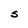
Character: S